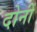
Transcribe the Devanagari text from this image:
दोनोंं